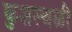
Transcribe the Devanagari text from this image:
कुशस्थळी